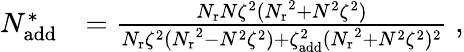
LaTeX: \begin{array}{rl}{N_{\mathrm{add}}^{*}}&{=\frac{{N_{\mathrm{r}}}N\zeta^{2}({N_{\mathrm{r}}}^{2}+N^{2}\zeta^{2})}{{N_{\mathrm{r}}}\zeta^{2}({N_{\mathrm{r}}}^{2}-N^{2}\zeta^{2})+\zeta_{\mathrm{add}}^{2}({N_{\mathrm{r}}}^{2}+N^{2}\zeta^{2})^{2}}\; ,}\end{array}